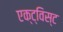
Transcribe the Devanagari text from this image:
एक्ट्विस्ट